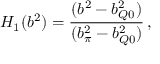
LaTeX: H _ { 1 } ( b ^ { 2 } ) = \frac { ( b ^ { 2 } - b _ { Q 0 } ^ { 2 } ) } { ( b _ { \pi } ^ { 2 } - b _ { Q 0 } ^ { 2 } ) } \, ,